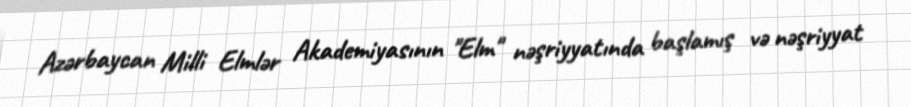
Azərbaycan Milli Elmlər Akademiyasının "Elm" nəşriyyatında başlamış və nəşriyyat